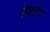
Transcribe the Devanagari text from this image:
ऐवर्टन